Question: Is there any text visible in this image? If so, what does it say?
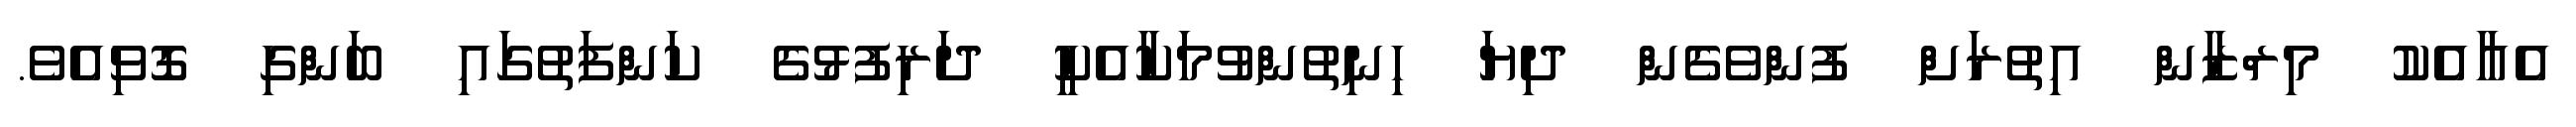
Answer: އެއާއެކު މިރްޒާން އިތުރަށް ފުންވެގެން ދިޔަ ހިނިތުންވުމަކާއެކީ ދަރިފުޅުގެ ކަންފަތުގައި ބަންގި ގޮވިއެވެ.